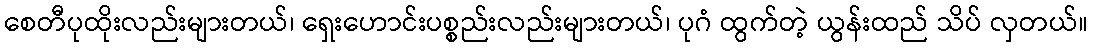
စေတီပုထိုးလည်းများတယ်၊ ရှေးဟောင်းပစ္စည်းလည်းများတယ်၊ ပုဂံ ထွက်တဲ့ ယွန်းထည် သိပ် လှတယ်။